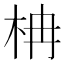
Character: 柟